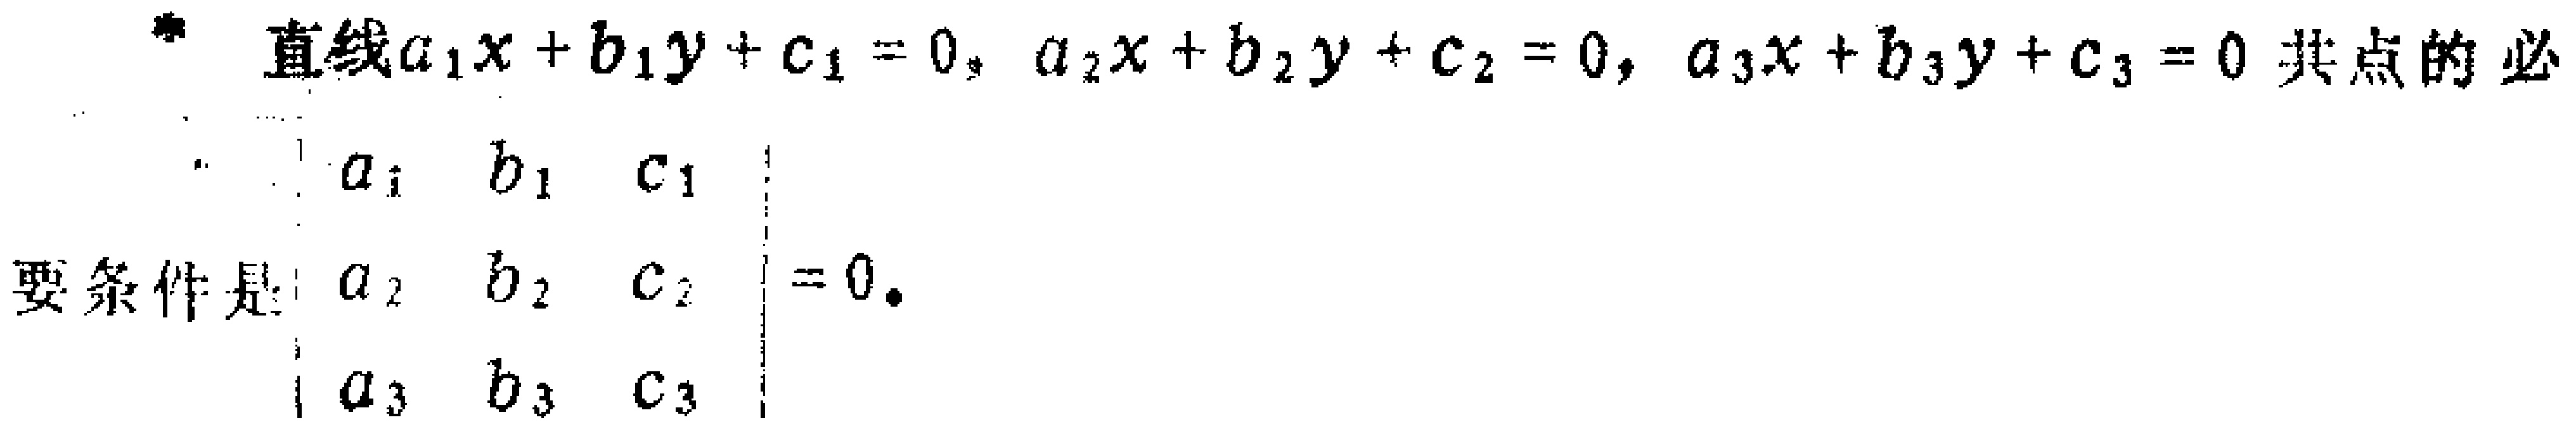
直线\(a_{1}x + b_{1}y + c_{1} = 0\)，\(a_{2}x + b_{2}y + c_{2} = 0\)，\(a_{3}x + b_{3}y + c_{3} = 0\)共点的必

要条件是\(\begin{vmatrix}

a_{1} & b_{1} & c_{1}\\

a_{2} & b_{2} & c_{2}\\

a_{3} & b_{3} & c_{3}

\end{vmatrix}=0\)。